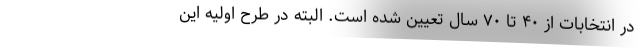
در انتخابات از ۴۰ تا ۷۰ سال تعیین شده‌ است. البته در طرح اولیه این